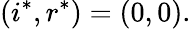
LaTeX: (i^{*},r^{*})=(0,0).